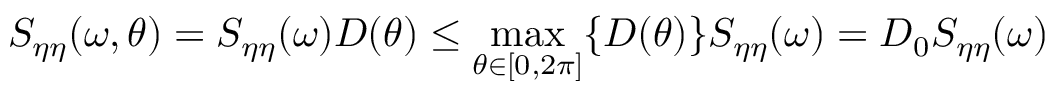
S _ { \eta \eta } ( \omega , \theta ) = S _ { \eta \eta } ( \omega ) D ( \theta ) \leq \operatorname* { m a x } _ { \theta \in \left[ 0 , 2 \pi \right] } \{ D ( \theta ) \} S _ { \eta \eta } ( \omega ) = D _ { 0 } S _ { \eta \eta } ( \omega )